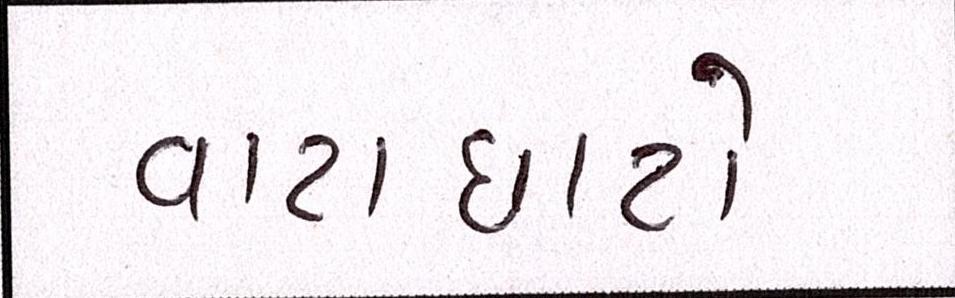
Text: વાટાઘાટો